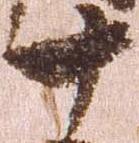
十